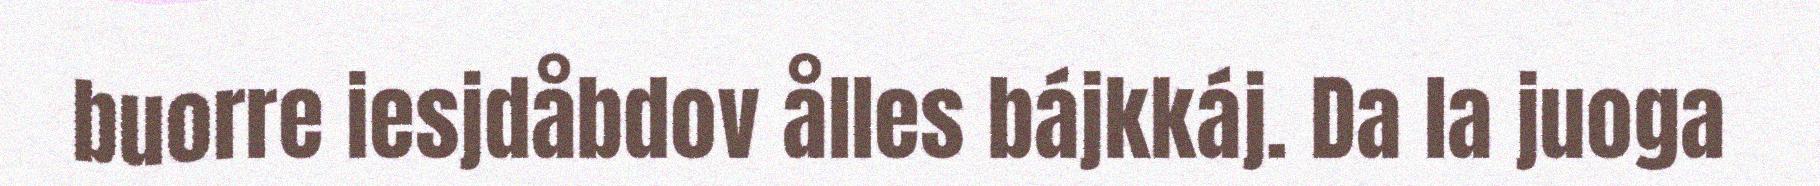
buorre iesjdåbdov ålles bájkkáj. Da la juoga